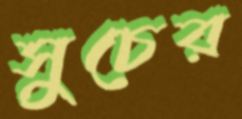
সুচের